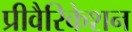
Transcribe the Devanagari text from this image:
प्रीवैरिकेशन